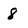
Character: 8